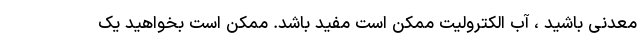
معدنی باشید ، آب الکترولیت ممکن است مفید باشد. ممکن است بخواهید یک